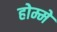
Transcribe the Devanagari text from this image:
होम्मे